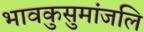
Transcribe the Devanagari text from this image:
भावकुसुमांजलि